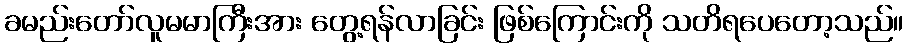
ခမည်းတော်လူမမာကြီးအား တွေ့ရန်လာခြင်း ဖြစ်ကြောင်းကို သတိရပေတော့သည်။